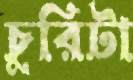
চুরিটা